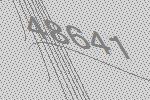
48641